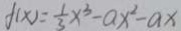
f ( x ) = \frac { 1 } { 3 } x ^ { 3 } - a x ^ { 2 } - a x